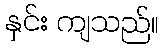
နှင်း ကျသည်။